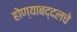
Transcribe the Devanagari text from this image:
होण्याबद्दलचे